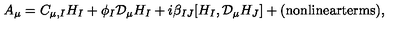
A _ { \mu } = C _ { \mu , I } H _ { I } + \phi _ { I } { \mathcal D } _ { \mu } H _ { I } + i \beta _ { I J } [ H _ { I } , { \mathcal D } _ { \mu } H _ { J } ] + \mathrm { ( n o n l i n e a r t e r m s ) } ,